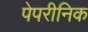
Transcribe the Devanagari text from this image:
पेपरीनिक